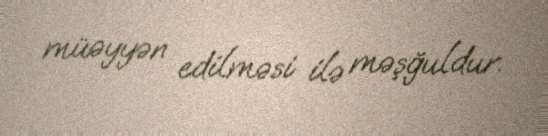
müəyyən edilməsi ilə məşğuldur.